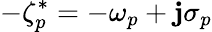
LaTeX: -\zeta_{p}^{*}=-\omega_{p}+\mathbf{j}\sigma_{p}